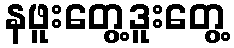
နဖူးတွေ့ဒူးတွေ့